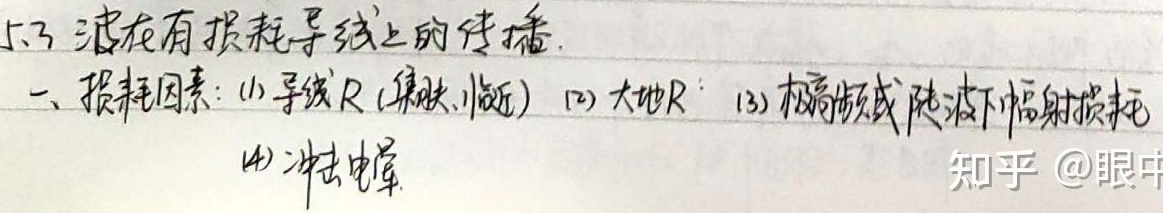
5.3 波在有损耗导线上的传播.
一、损耗因素：
(1) 导线\(R\) (集肤、临近)
(2) 大地\(R\)
(3) 极高频或陡波下辐射损耗
(4) 冲击电晕